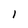
Character: l